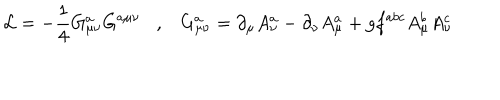
{ \cal L } = - \frac { 1 } { 4 } G _ { \mu \nu } ^ { a } G ^ { a \mu \nu } , G _ { \mu \nu } ^ { a } = \partial _ { \mu } A _ { \nu } ^ { a } - \partial _ { \nu } A _ { \mu } ^ { a } + g f ^ { a b c } A _ { \mu } ^ { b } A _ { \nu } ^ { c }